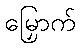
မြှောက်